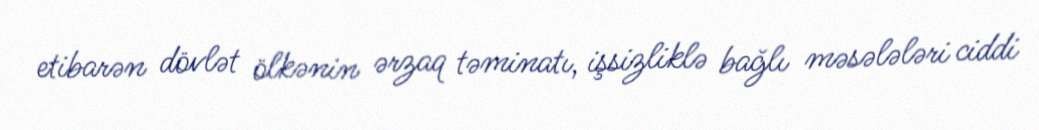
etibarən dövlət ölkənin ərzaq təminatı, işsizliklə bağlı məsələləri ciddi